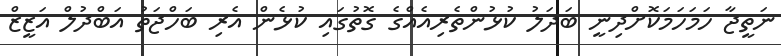
ނަތީޖާ ހަމަހަމަކޮށްދިނީ ބަދަލު ކުޅުންތެރިއެއްގެ ގޮތުގައި ކުޅެން އެރި ބަހްޖަތު އަބްދުލް އަޒީޒް